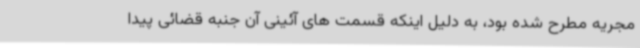
مجریه مطرح شده بود، به دلیل اینکه قسمت های آئینی آن جنبه قضائی پیدا